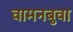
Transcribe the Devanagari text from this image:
वामनबुवा